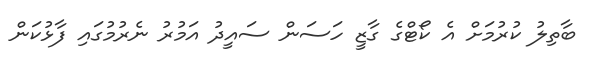
ބާތިލު ކުރުމަށް އެ ކޯޓްގެ ގާޒީ ހަސަން ސައީދު އަމުރު ނެރުމުގައި ފާޅުކަން